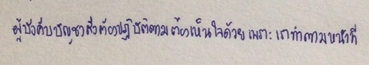
ผู้บังคับบัญชาสั่งต้องปฏิบัติตามต้องเห็นใจด้วยเพราะเราทำตามหน้าที่